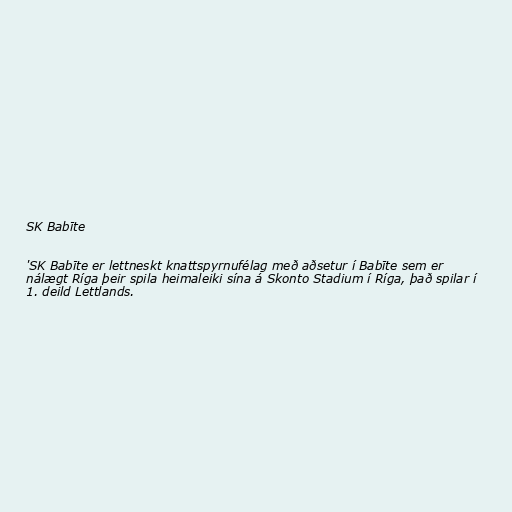
SK Babīte

'SK Babīte er lettneskt knattspyrnufélag með aðsetur í Babīte sem er
nálægt Ríga þeir spila heimaleiki sína á Skonto Stadium í Ríga, það spilar í
1. deild Lettlands.